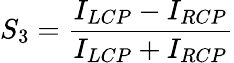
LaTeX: S_{3}=\frac{I_{LCP}-I_{RCP}}{I_{LCP}+I_{RCP}}